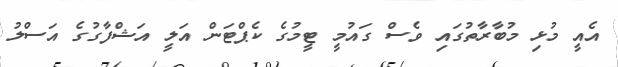
އެއީ މުޅި މުބާރާތުގައި ވެސް ގައުމީ ޓީމުގެ ކެޕްޓަން އަލީ އަޝްފާގުގެ އަސްލު